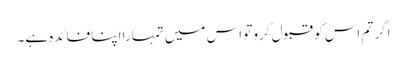
اگر تم اس کو قبول کرو تو اس میں تمہارا اپنا فائدہ ہے۔